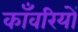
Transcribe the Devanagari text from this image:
काँवरियों